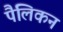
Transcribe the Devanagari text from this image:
पैलिकन